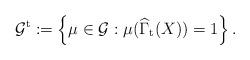
LaTeX: \begin{align*}\mathcal{G}^{\mathrm{t}}:=\left\{ \mu \in \mathcal{G}:\mu (\widehat{\Gamma }_{\mathrm{t}}(X))=1\right\} . \end{align*}